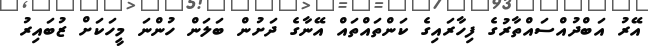
އޭރު އަބްދުއްސައްތާރުގެ ފިހާރައިގެ ކަންތައްތައް އޭނާގެ ދަށުން ބަލަން ހުންނަ މީހަކަށް ޒުބައިރު